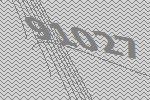
91027